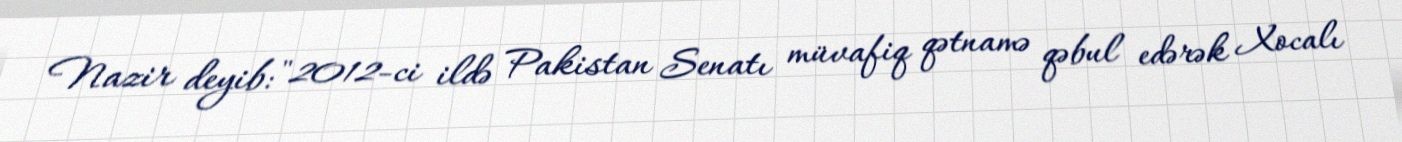
Nazir deyib: "2012-ci ildə Pakistan Senatı müvafiq qətnamə qəbul edərək Xocalı